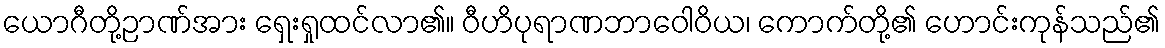
ယောဂီတို့ဉာဏ်အား ရှေးရှုထင်လာ၏။ ဝီဟိပုရာဏဘာဝေါဝိယ၊ ကောက်တို့၏ ဟောင်းကုန်သည်၏